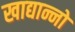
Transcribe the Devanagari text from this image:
खाद्यान्नो